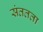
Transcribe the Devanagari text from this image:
संततता